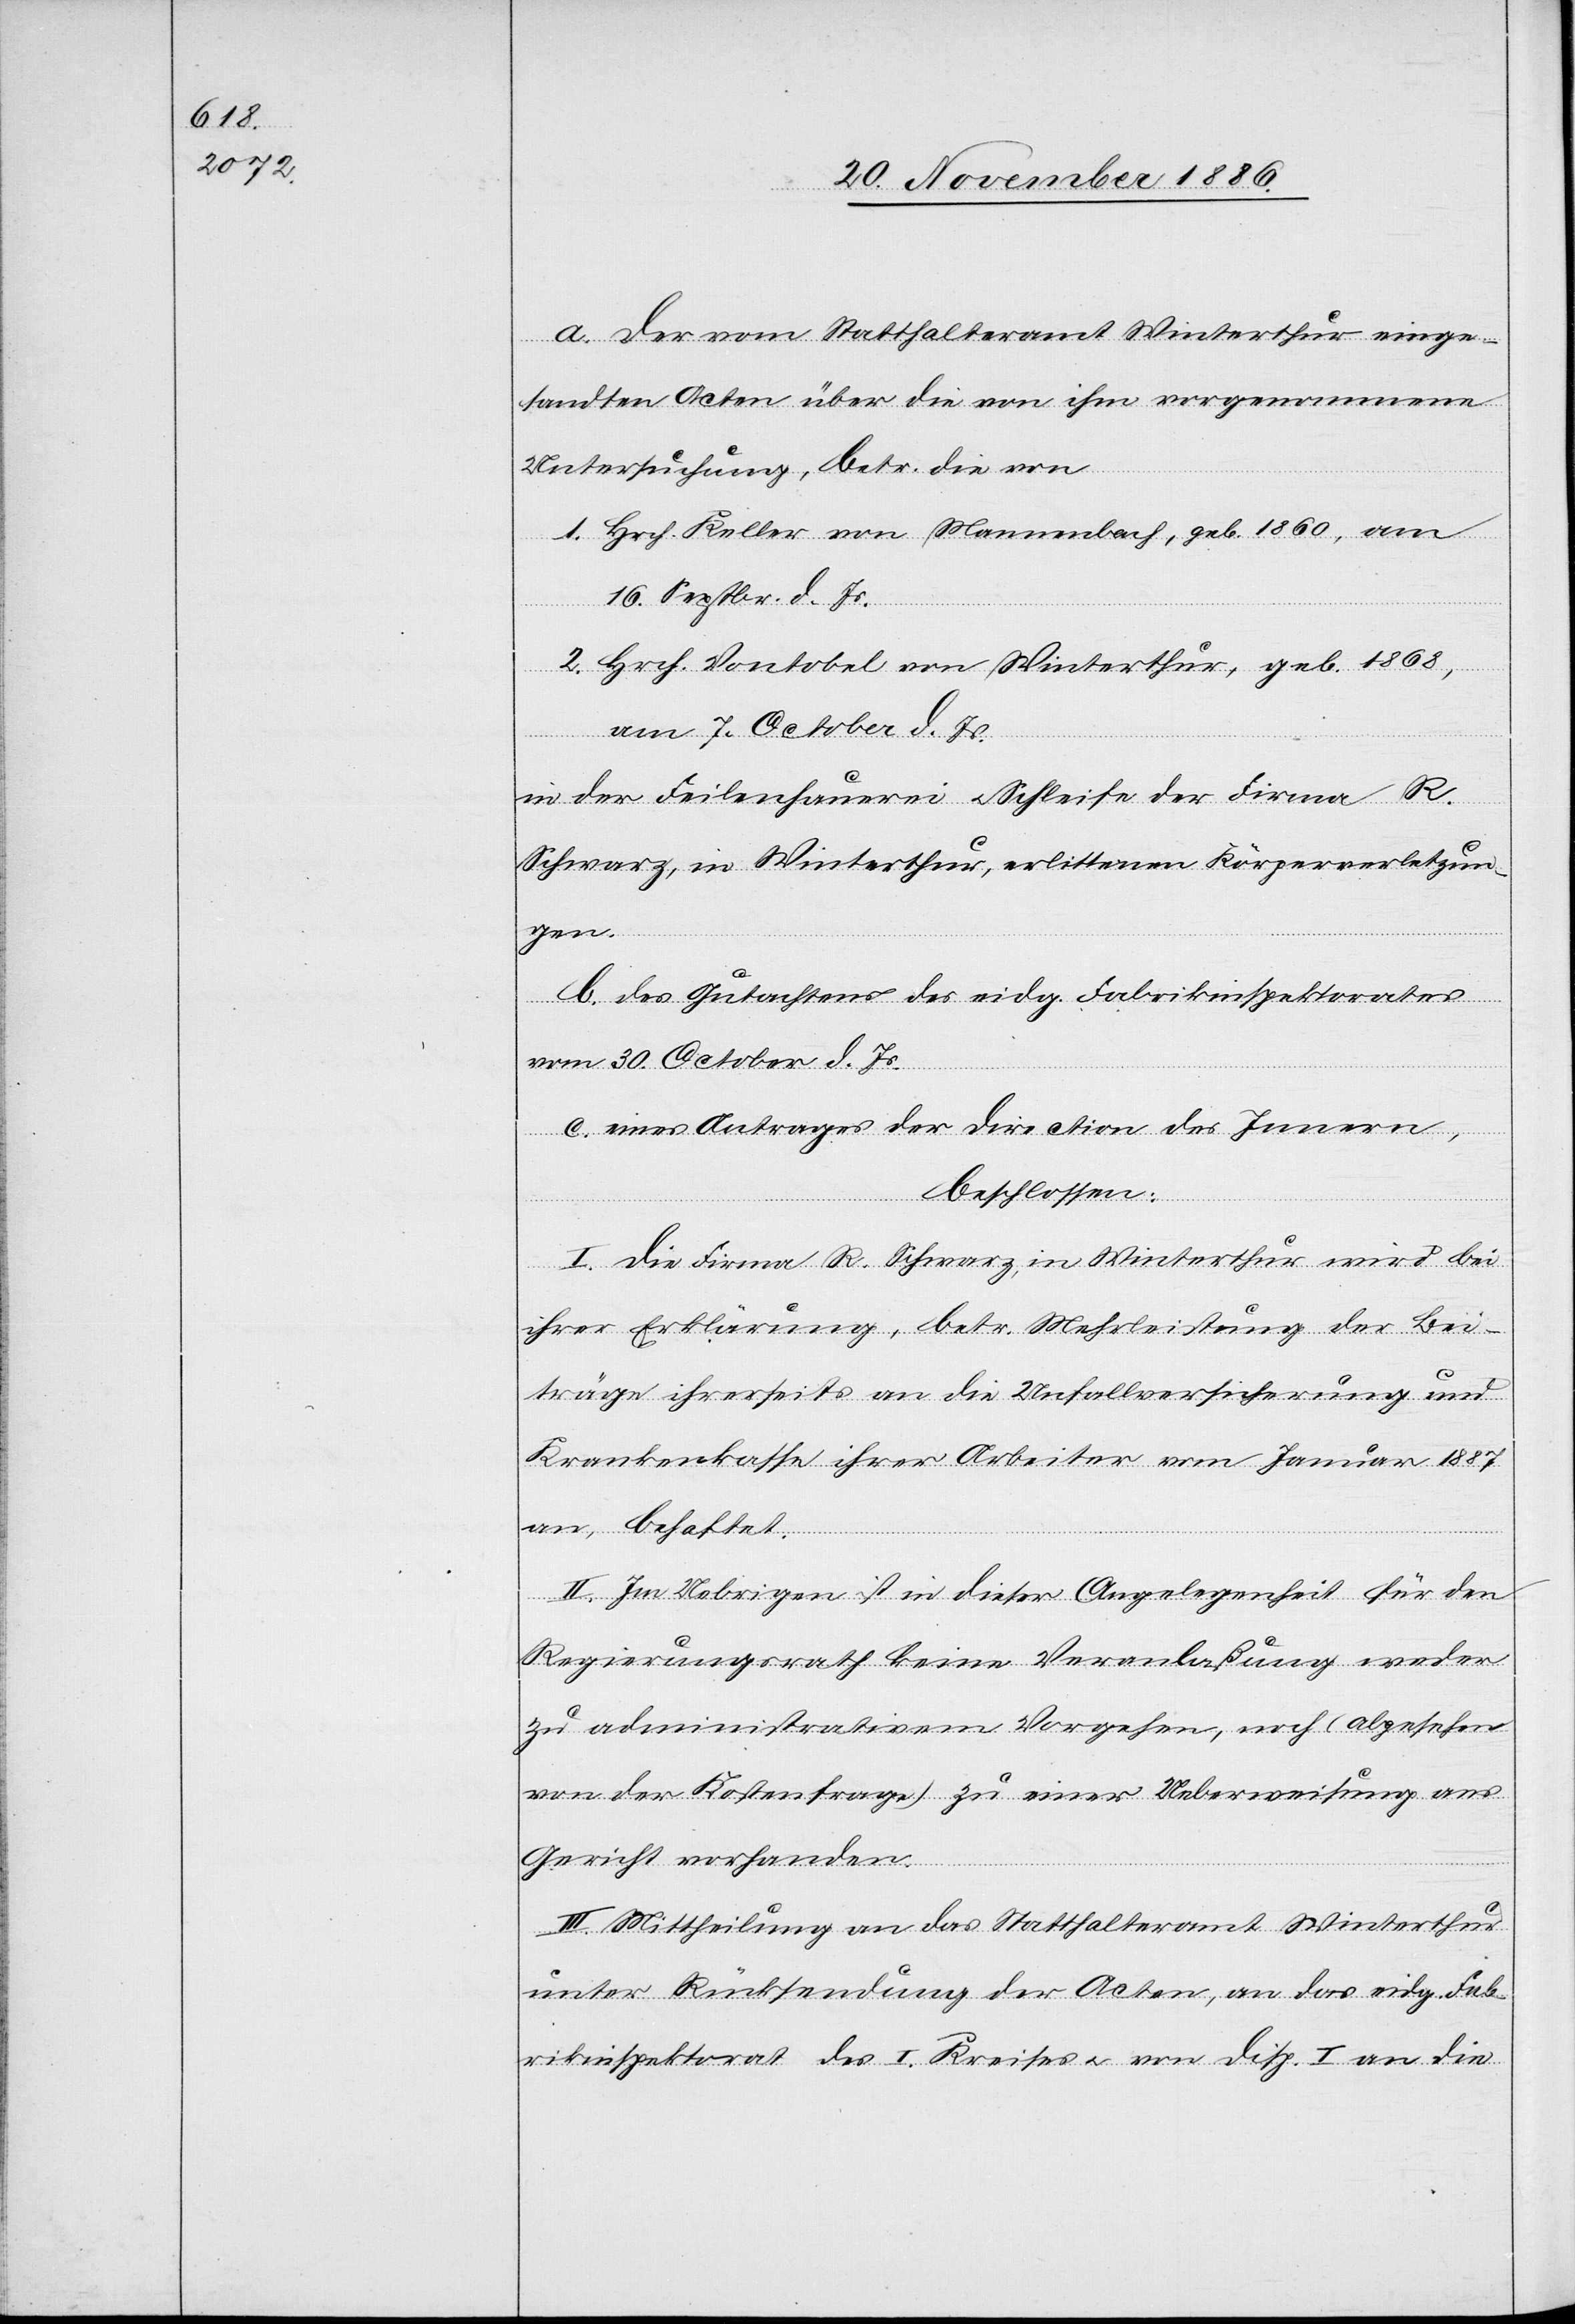
a. der vom Statthalteramt Winterthur einge¬
sandten Acten über die von ihm vorgenommene
Untersuchung, betr. die von
1. Hrch. Keller von Mannenbach, geb. 1860, am
16. Septbr. d. Js.
2. Hrch. Vontobel von Winterthur, geb. 1868,
am 7. October d. Js.
in der Feilenhauerei & Schleife der Firma R.
Schwarz, in Winterthur, erlittenen Körperverletzun¬
gen.
b. des Gutachtens des eidg. Fabrikinspektorates
vom 30. October d. Js.
c. eines Antrages der Direction des Innern,
beschlossen:
I. Die Firma R. Schwarz, in Winterthur wird bei
ihrer Erklärung, betr. Mehrleistung der Bei¬
träge ihrerseits an die Unfallversicherung und
Krankenkasse ihrer Arbeiter vom Januar 1887
an, behaftet.
II. Im Uebrigen ist in dieser Angelegenheit für den
Regierungsrath keine Veranlaßung weder
zu administrativem Vorgehen, noch (abgesehen
von der Kostenfrage) zu einer Ueberweisung ans
Gericht vorhanden.
III. Mittheilung an das Statthalteramt Winterthur
unter Rücksendung der Acten, an das eidg. Fab¬
rikinspektorat des I. Kreises & von Disp. I an die